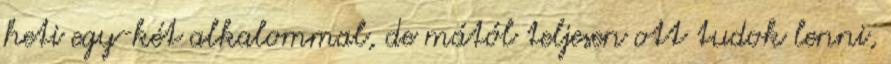
heti egy-két alkalommal, de mától teljesen ott tudok lenni,